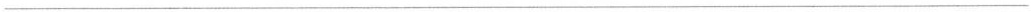
___